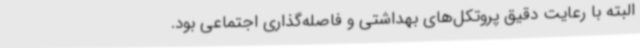
البته با رعایت دقیق پروتکل‌های بهداشتی و فاصله‌گذاری اجتماعی بود.